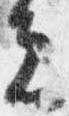
夫